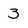
Character: 3